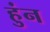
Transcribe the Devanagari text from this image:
हुंन